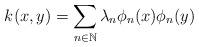
\begin{align*}k(x,y) = \sum_{n\in\mathbb{N}} \lambda_n\phi_n(x)\phi_n(y)\end{align*}